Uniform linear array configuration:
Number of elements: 4
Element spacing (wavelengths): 0.5
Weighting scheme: exponential
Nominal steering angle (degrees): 0
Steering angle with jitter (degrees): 1.998
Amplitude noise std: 0.05
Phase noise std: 0.05

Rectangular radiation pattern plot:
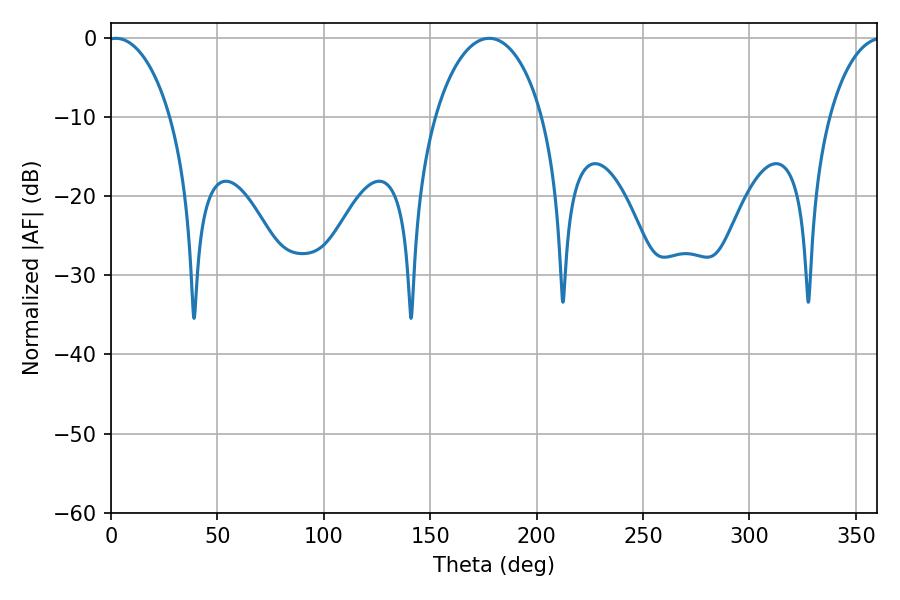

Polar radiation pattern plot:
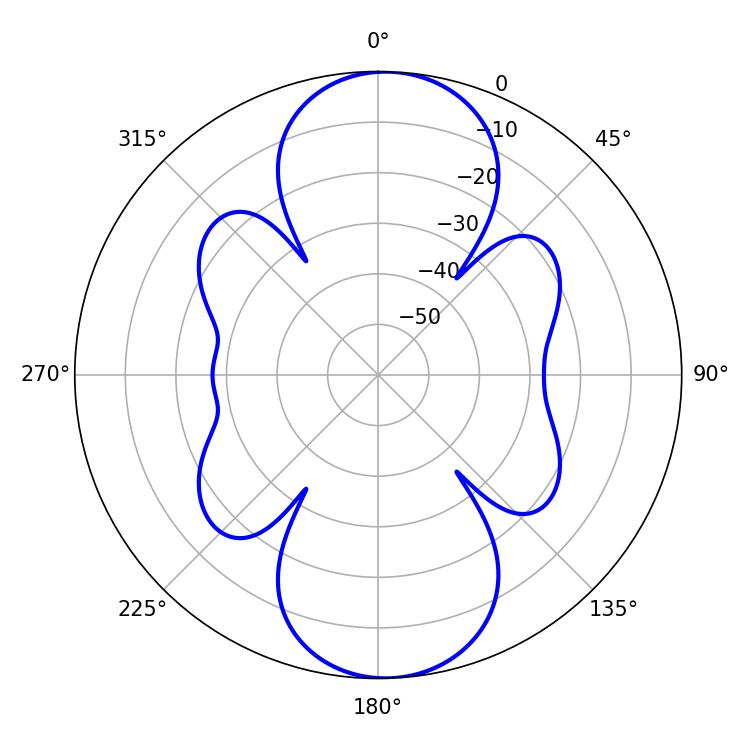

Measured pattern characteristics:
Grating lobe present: FALSE
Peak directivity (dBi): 16.997
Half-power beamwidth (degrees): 16.92
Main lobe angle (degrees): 2.34